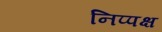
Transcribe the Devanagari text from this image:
निप्पक्ष